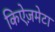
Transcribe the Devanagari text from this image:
किऐज़मेटा